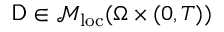
\mathsf { D } \in \mathcal { M } _ { \mathrm { l o c } } ( \Omega \times ( 0 , T ) )